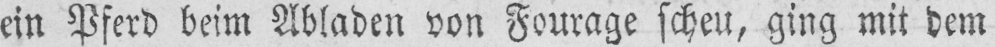
ein Pferd beim Abladen von Fourage scheu, ging mit dem